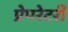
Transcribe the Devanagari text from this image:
प्रेपरेटरी